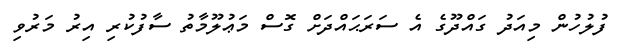
ފުލުހުން މިއަދު ގައްދޫގެ އެ ސަރަޙައްދަށް ގޮސް މަޢުލޫމާތު ސާފުކުރި އިރު މަރުވި